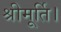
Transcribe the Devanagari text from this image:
श्रीमूर्ति।